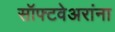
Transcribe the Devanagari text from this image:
सॉफ्टवेअरांना